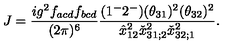
J = { \frac { i g ^ { 2 } f _ { a c d } f _ { b c d } } { ( 2 \pi ) ^ { 6 } } } { \frac { ( 1 ^ { - } 2 ^ { - } ) ( \theta _ { 3 1 } ) ^ { 2 } ( \theta _ { 3 2 } ) ^ { 2 } } { \hat { x } _ { 1 2 } ^ { 2 } \check { x } _ { 3 1 ; 2 } ^ { 2 } \check { x } _ { 3 2 ; 1 } ^ { 2 } } } .